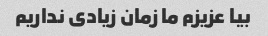
بیا عزیزم ما زمان زیادی نداریم